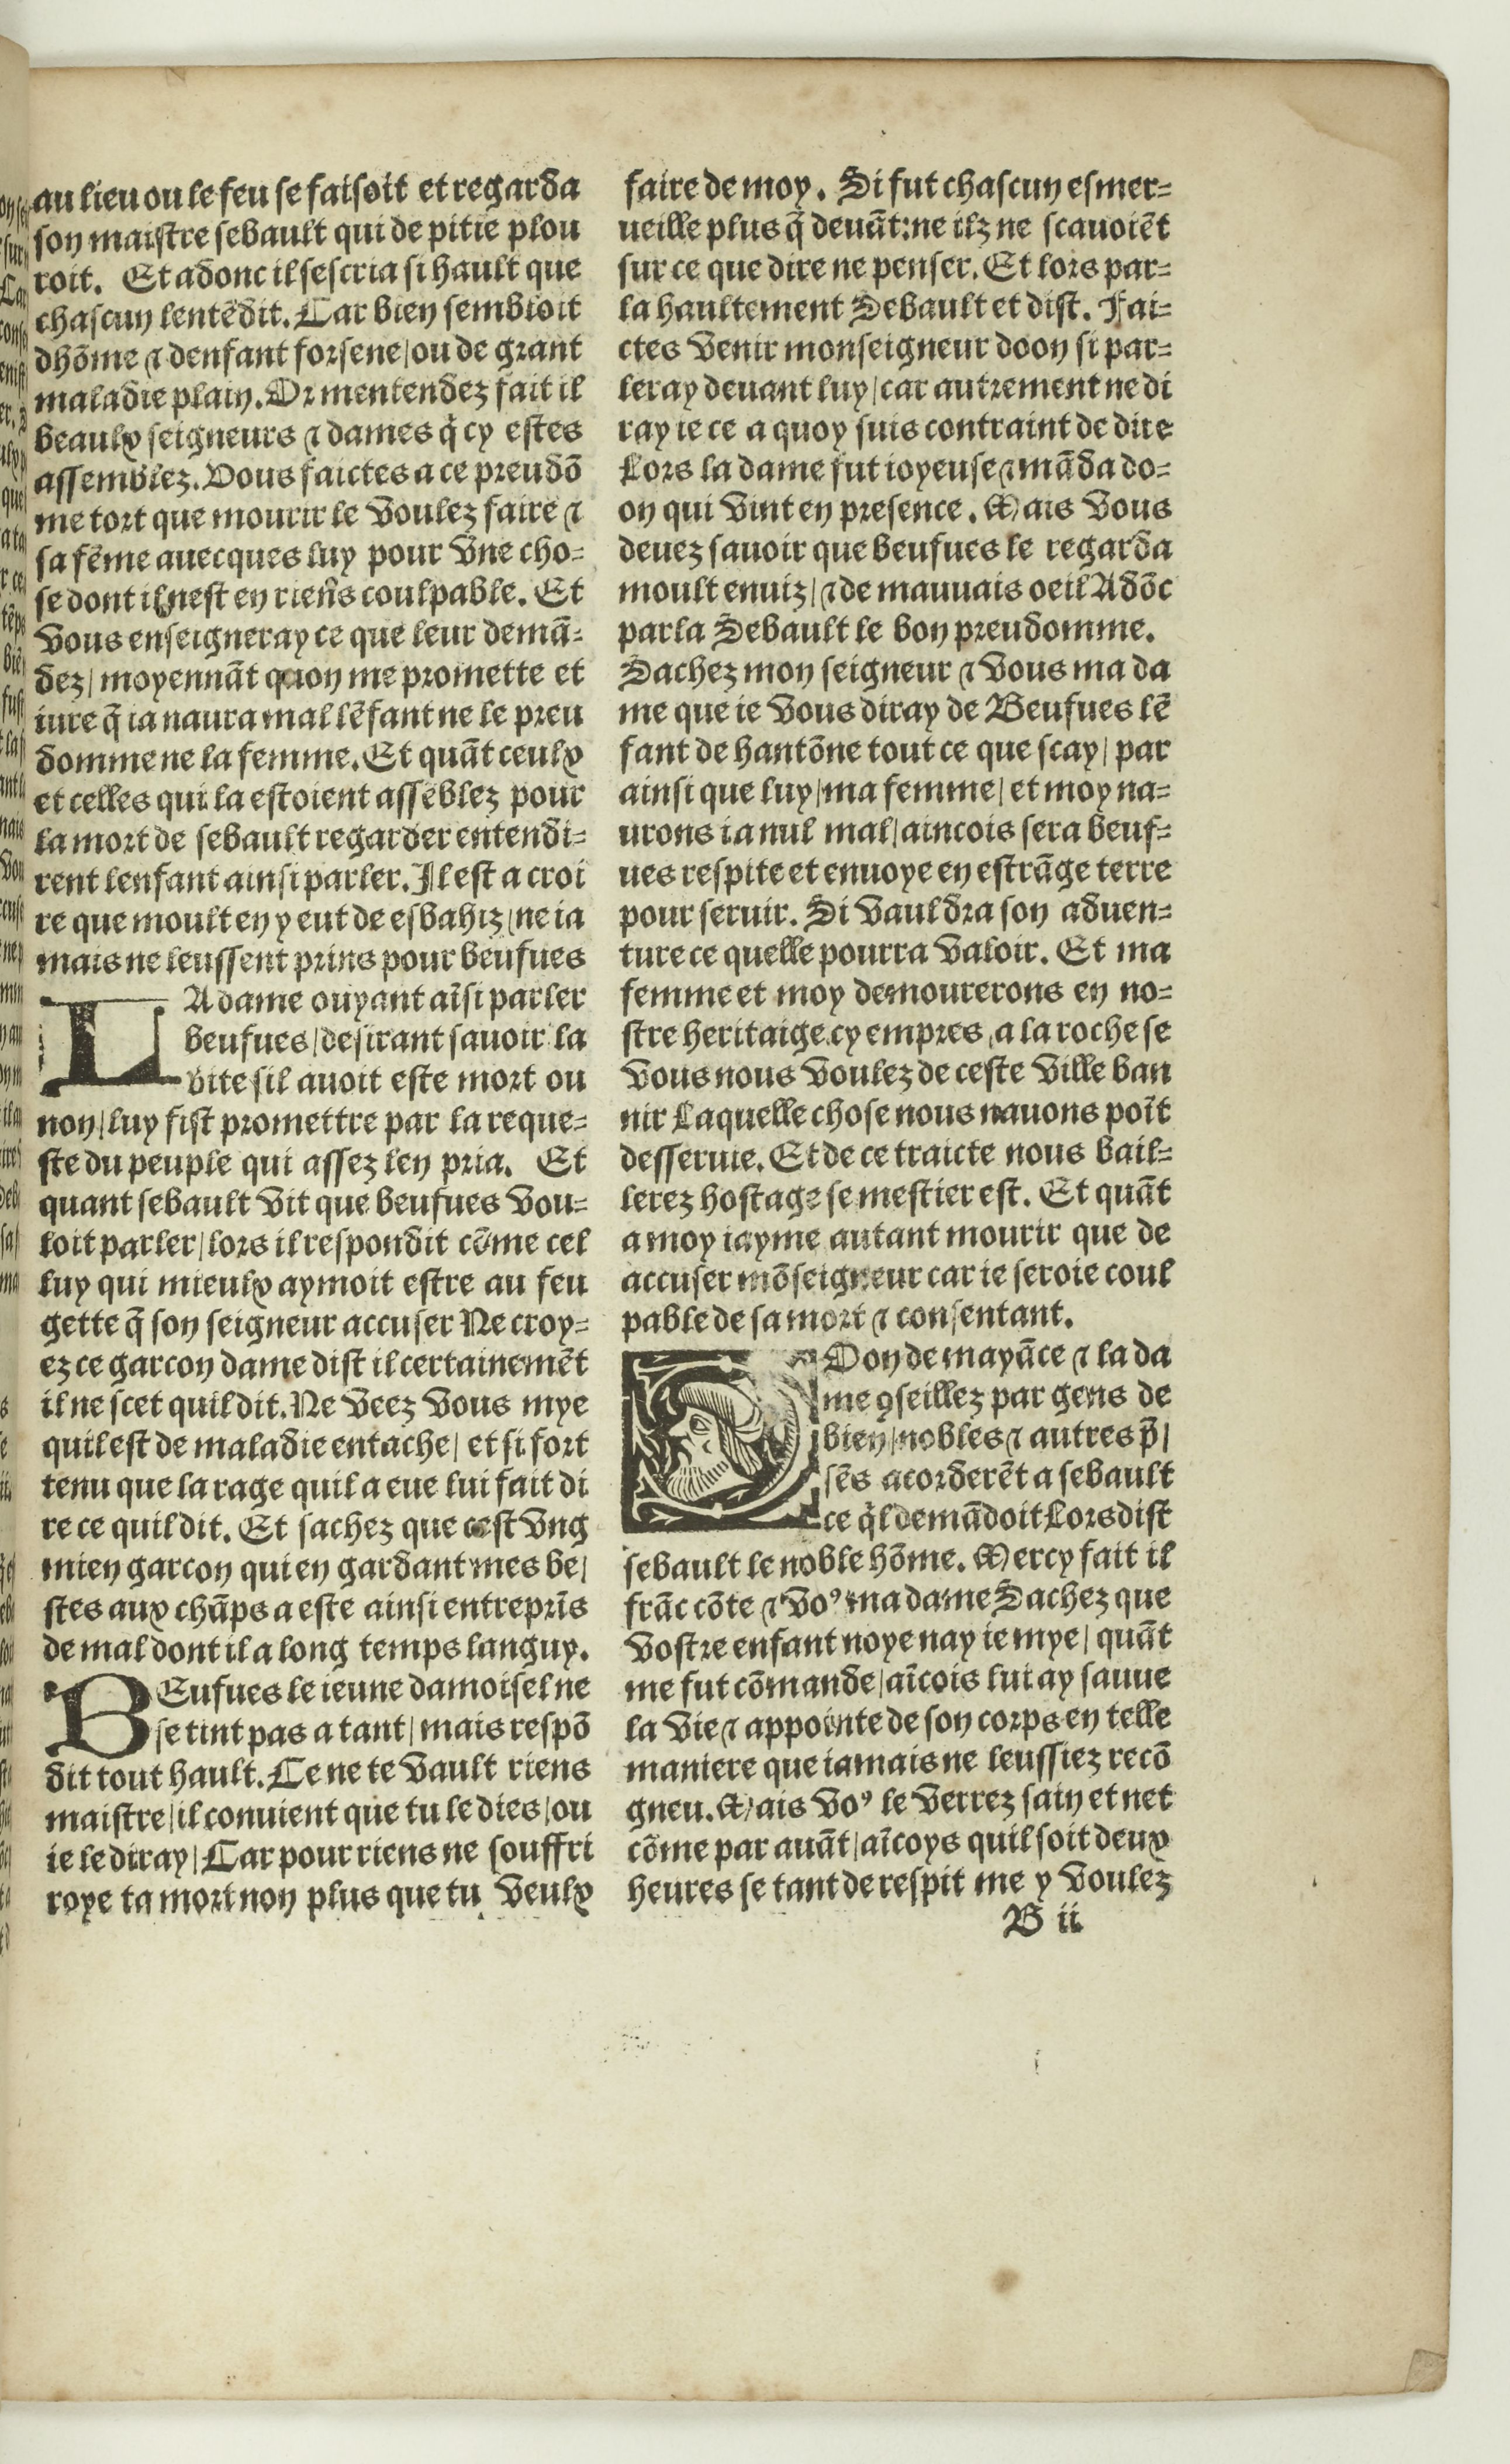
Shelfmark: Paris, BnF, Rés. Y2-674
Century: 16